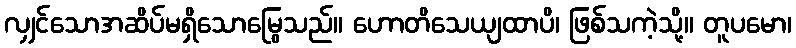
လျှင်သောအဆိပ်မရှိသောမြွေသည်။ ဟောတိသေယျထာပိ၊ ဖြစ်သကဲ့သို့။ တူပမော၊